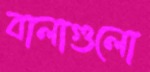
বালাগুলো